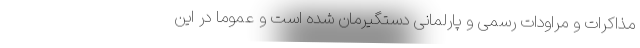
مذاکرات و مراودات رسمی و پارلمانی دستگیرمان شده است و عموما در این